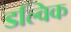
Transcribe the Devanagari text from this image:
डल्विक